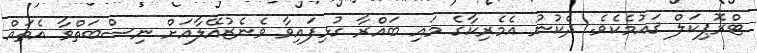
ޓްރޮޕިކަލް ޤައުމެކެވެ. ދެކުނު އެމެރިކާގެ މައި ބައްރާ ގުޅިފައިވާ ވެނެޒުއޭލާއަށް ނިސްބަތްވާ އެތައް